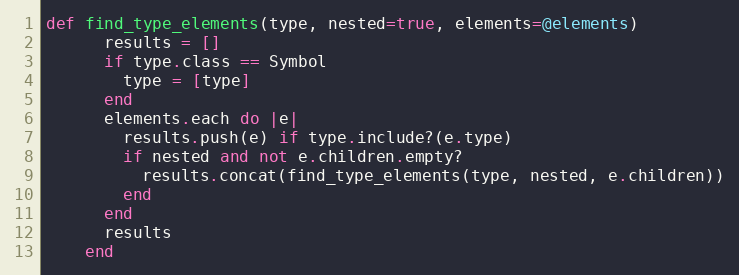
Language: Ruby
def find_type_elements(type, nested=true, elements=@elements)
      results = []
      if type.class == Symbol
        type = [type]
      end
      elements.each do |e|
        results.push(e) if type.include?(e.type)
        if nested and not e.children.empty?
          results.concat(find_type_elements(type, nested, e.children))
        end
      end
      results
    end